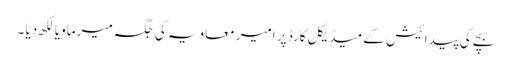
بچے کی پیدائیش کے میڈیکل کارڈ پر امیر معاویہ کی جگہ میر ماویا لکھ دیا ۔